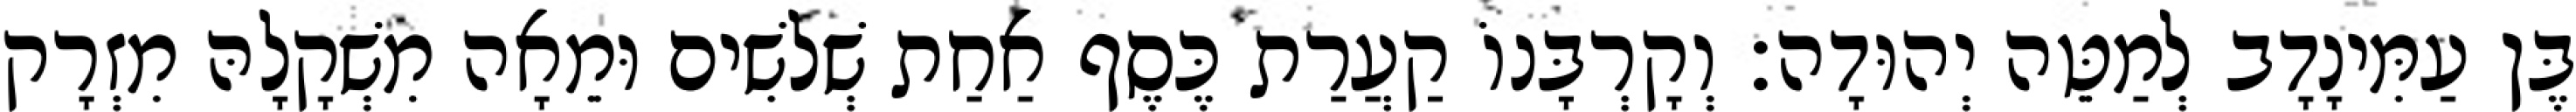
בֶּן עַמִּינָדָב לְמַטֵּה יְהוּדָה׃ וְקָרְבָּנוֹ קַעֲרַת כֶּסֶף אַחַת שְׁלשִׁים וּמֵאָה מִשְׁקָלָהּ מִזְרָק